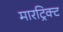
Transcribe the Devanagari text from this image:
मारट्रिक्ट